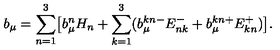
b _ { \mu } = \sum _ { n = 1 } ^ { 3 } \bigl [ b _ { \mu } ^ { n } H _ { n } + \sum _ { k = 1 } ^ { 3 } ( b _ { \mu } ^ { k n - } E _ { n k } ^ { - } + b _ { \mu } ^ { k n + } E _ { k n } ^ { + } ) \bigr ] .